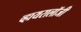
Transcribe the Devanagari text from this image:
व्हायरालॉजी